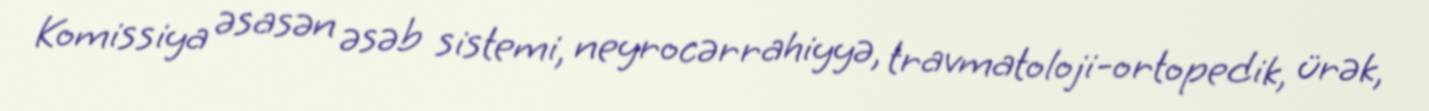
Komissiya əsasən əsəb sistemi, neyrocərrahiyyə, travmatoloji-ortopedik, ürək,